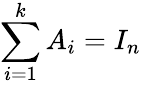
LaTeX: \sum_{i=1}^{k}A_{i}=I_{n}